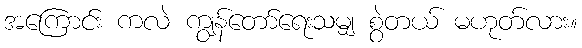
အကြောင်း ကလဲ ကျွန်တော်ရေးသမျှ စွဲတယ် မဟုတ်လား။